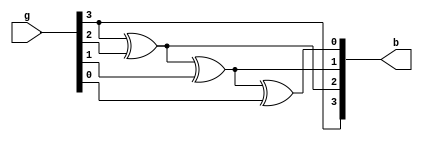
`timescale 1ns / 1ps
//////////////////////////////////////////////////////////////////////////////////
// Company: 
// Engineer: 
// 
// Design Name: 
// Module Name: gray_bin_gate
// Project Name: 
// Target Devices: 
// Tool Versions: 
// Description: 
// 
// Dependencies: 
// 
// Revision:
// Revision 0.01 - File Created
// Additional Comments:
// 
//////////////////////////////////////////////////////////////////////////////////


module gray_bin_gate(
input [3:0] g,
output [3:0] b
    );
buf b1(b[3],g[3]);
xor x1(b[2], g[3], g[2]);
xor x2(b[1], b[2], g[1]);
xor x3(b[0], b[1], g[0]);
endmodule